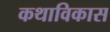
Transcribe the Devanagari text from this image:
कथाविकास